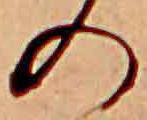
の